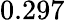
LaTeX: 0.297